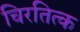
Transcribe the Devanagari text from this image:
चिरतित्क